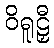
ဝိရူဠှီ